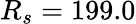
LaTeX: R_{s}=199.0